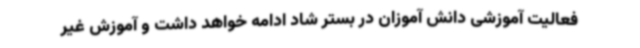
فعالیت آموزشی دانش آموزان در بستر شاد ادامه خواهد داشت و آموزش غیر